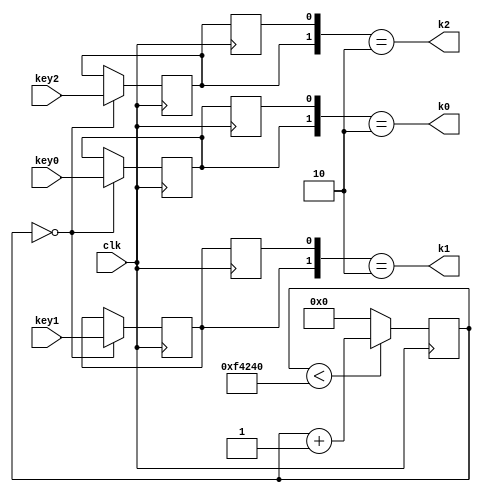
/********************************************************
   module: keys
   author: xyr
   date: 7/31/2020
   
********************************************************/

module keys (
	input wire clk,
	input wire key0,key1,key2,
	output wire k0,k1,k2

);
	reg [19:0] cnt_10ms;
	initial cnt_10ms = 20'b0;

	always@(posedge clk) begin		
			if(cnt_10ms < 20'd1000_000) cnt_10ms <= cnt_10ms + 20'b1;//20'd100 
			else cnt_10ms <= 20'b0;
	end

	reg key_0_smp, key_1_smp,key_2_smp;
	initial begin
	key_0_smp = 0;
	key_1_smp = 0;
	key_2_smp = 0;

	end

	always@(posedge clk) begin
		if(cnt_10ms == 20'd000) begin
			key_0_smp <= key0;
			key_1_smp <= key1;
			key_2_smp <= key2;

		end
	end

	reg k0_dly, k1_dly,k2_dly ;
	always@(posedge clk) begin
		k0_dly = key_0_smp;
		k1_dly <= key_1_smp;
		k2_dly <= key_2_smp;
	end

	assign k0= ({key_0_smp, k0_dly} == 2'b10);
	assign k1= ({key_1_smp, k1_dly} == 2'b10);
	assign k2= ({key_2_smp, k2_dly} == 2'b10);

endmodule